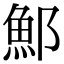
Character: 𫑨